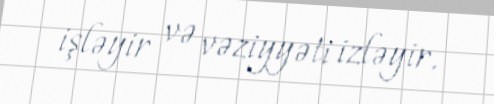
işləyir və vəziyyəti izləyir.